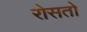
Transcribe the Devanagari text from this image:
रोसतो